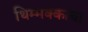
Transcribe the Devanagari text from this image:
थिम्मक्काचा